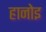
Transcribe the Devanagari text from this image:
हानोइ